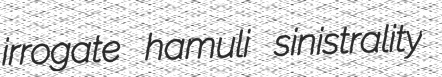
irrogate hamuli sinistrality